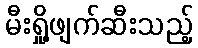
မီးရှို့ဖျက်ဆီးသည့်